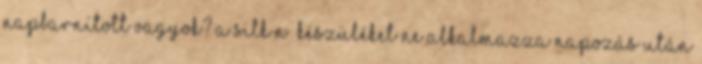
napbarnított vagyok? A Silk’n™ készüléket ne alkalmazza napozás után